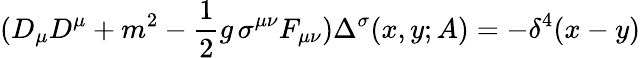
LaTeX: (D_{\mu}D^{\mu}+m^{2}-{\frac{1}{2}}g\, \sigma^{\mu\nu}F_{\mu\nu})\Delta^{\sigma}(x,y;A)=-\delta^{4}(x-y)